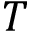
T